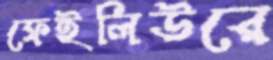
ফেইলিউরে